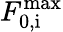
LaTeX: F_{\mathrm{0,i}}^{\mathrm{max}}